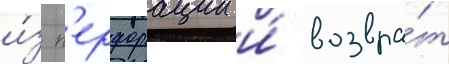
и́з п'ерфорации и́ возвра́т